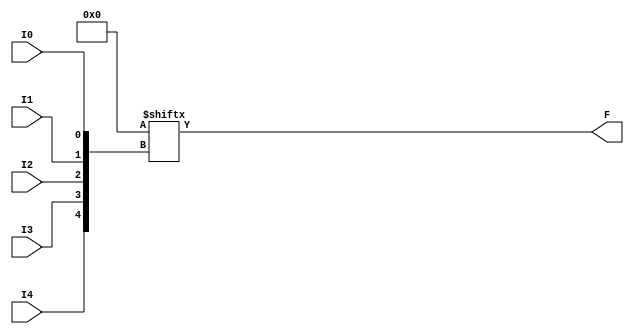
`ifdef verilator3
`else
`timescale 1 ps / 1 ps
`endif
//
// LUT5 primitive for Gowin FPGAs
// Compatible with Verilator tool (www.veripool.org)
// Copyright (c) 2022 Frdric REQUIN
// License : BSD
//

module LUT5
#(
    parameter [31:0] INIT = 32'h0
)
(
    input  I0,
    input  I1,
    input  I2,
    input  I3,
    input  I4,
    output F
);

    assign F = INIT[{I4, I3, I2, I1, I0}];

endmodule